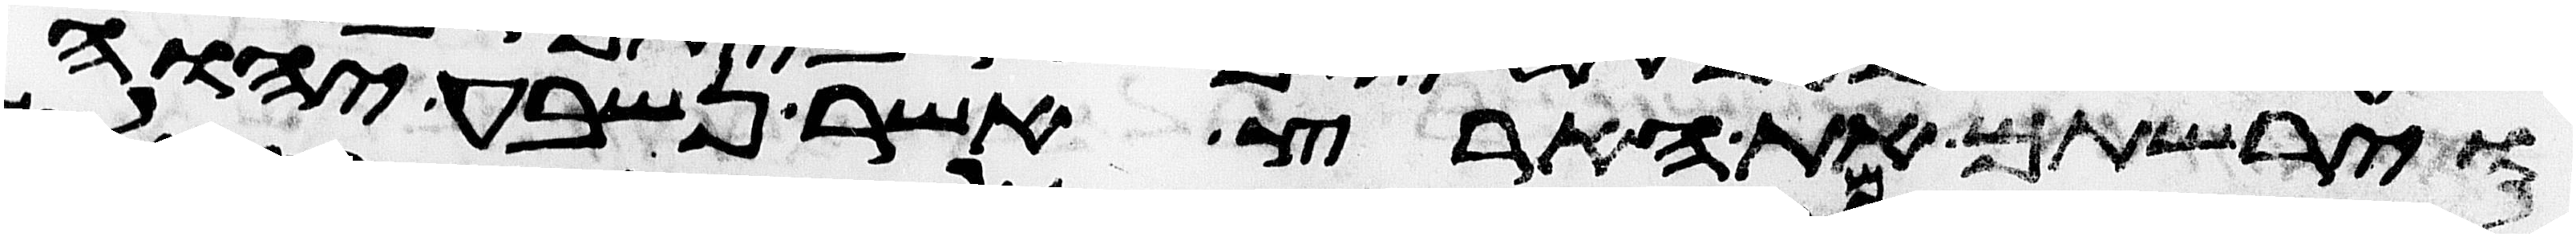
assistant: וירשתם את הארץ אשר נשבע יהוה